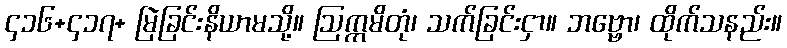
၄၁၆+၄၁၇+ မြဲခြင်းနိယာမသို့။ ဩက္ကမိတုံ၊ သက်ခြင်းငှာ။ ဘဗ္ဗော၊ ထိုက်သနည်း။